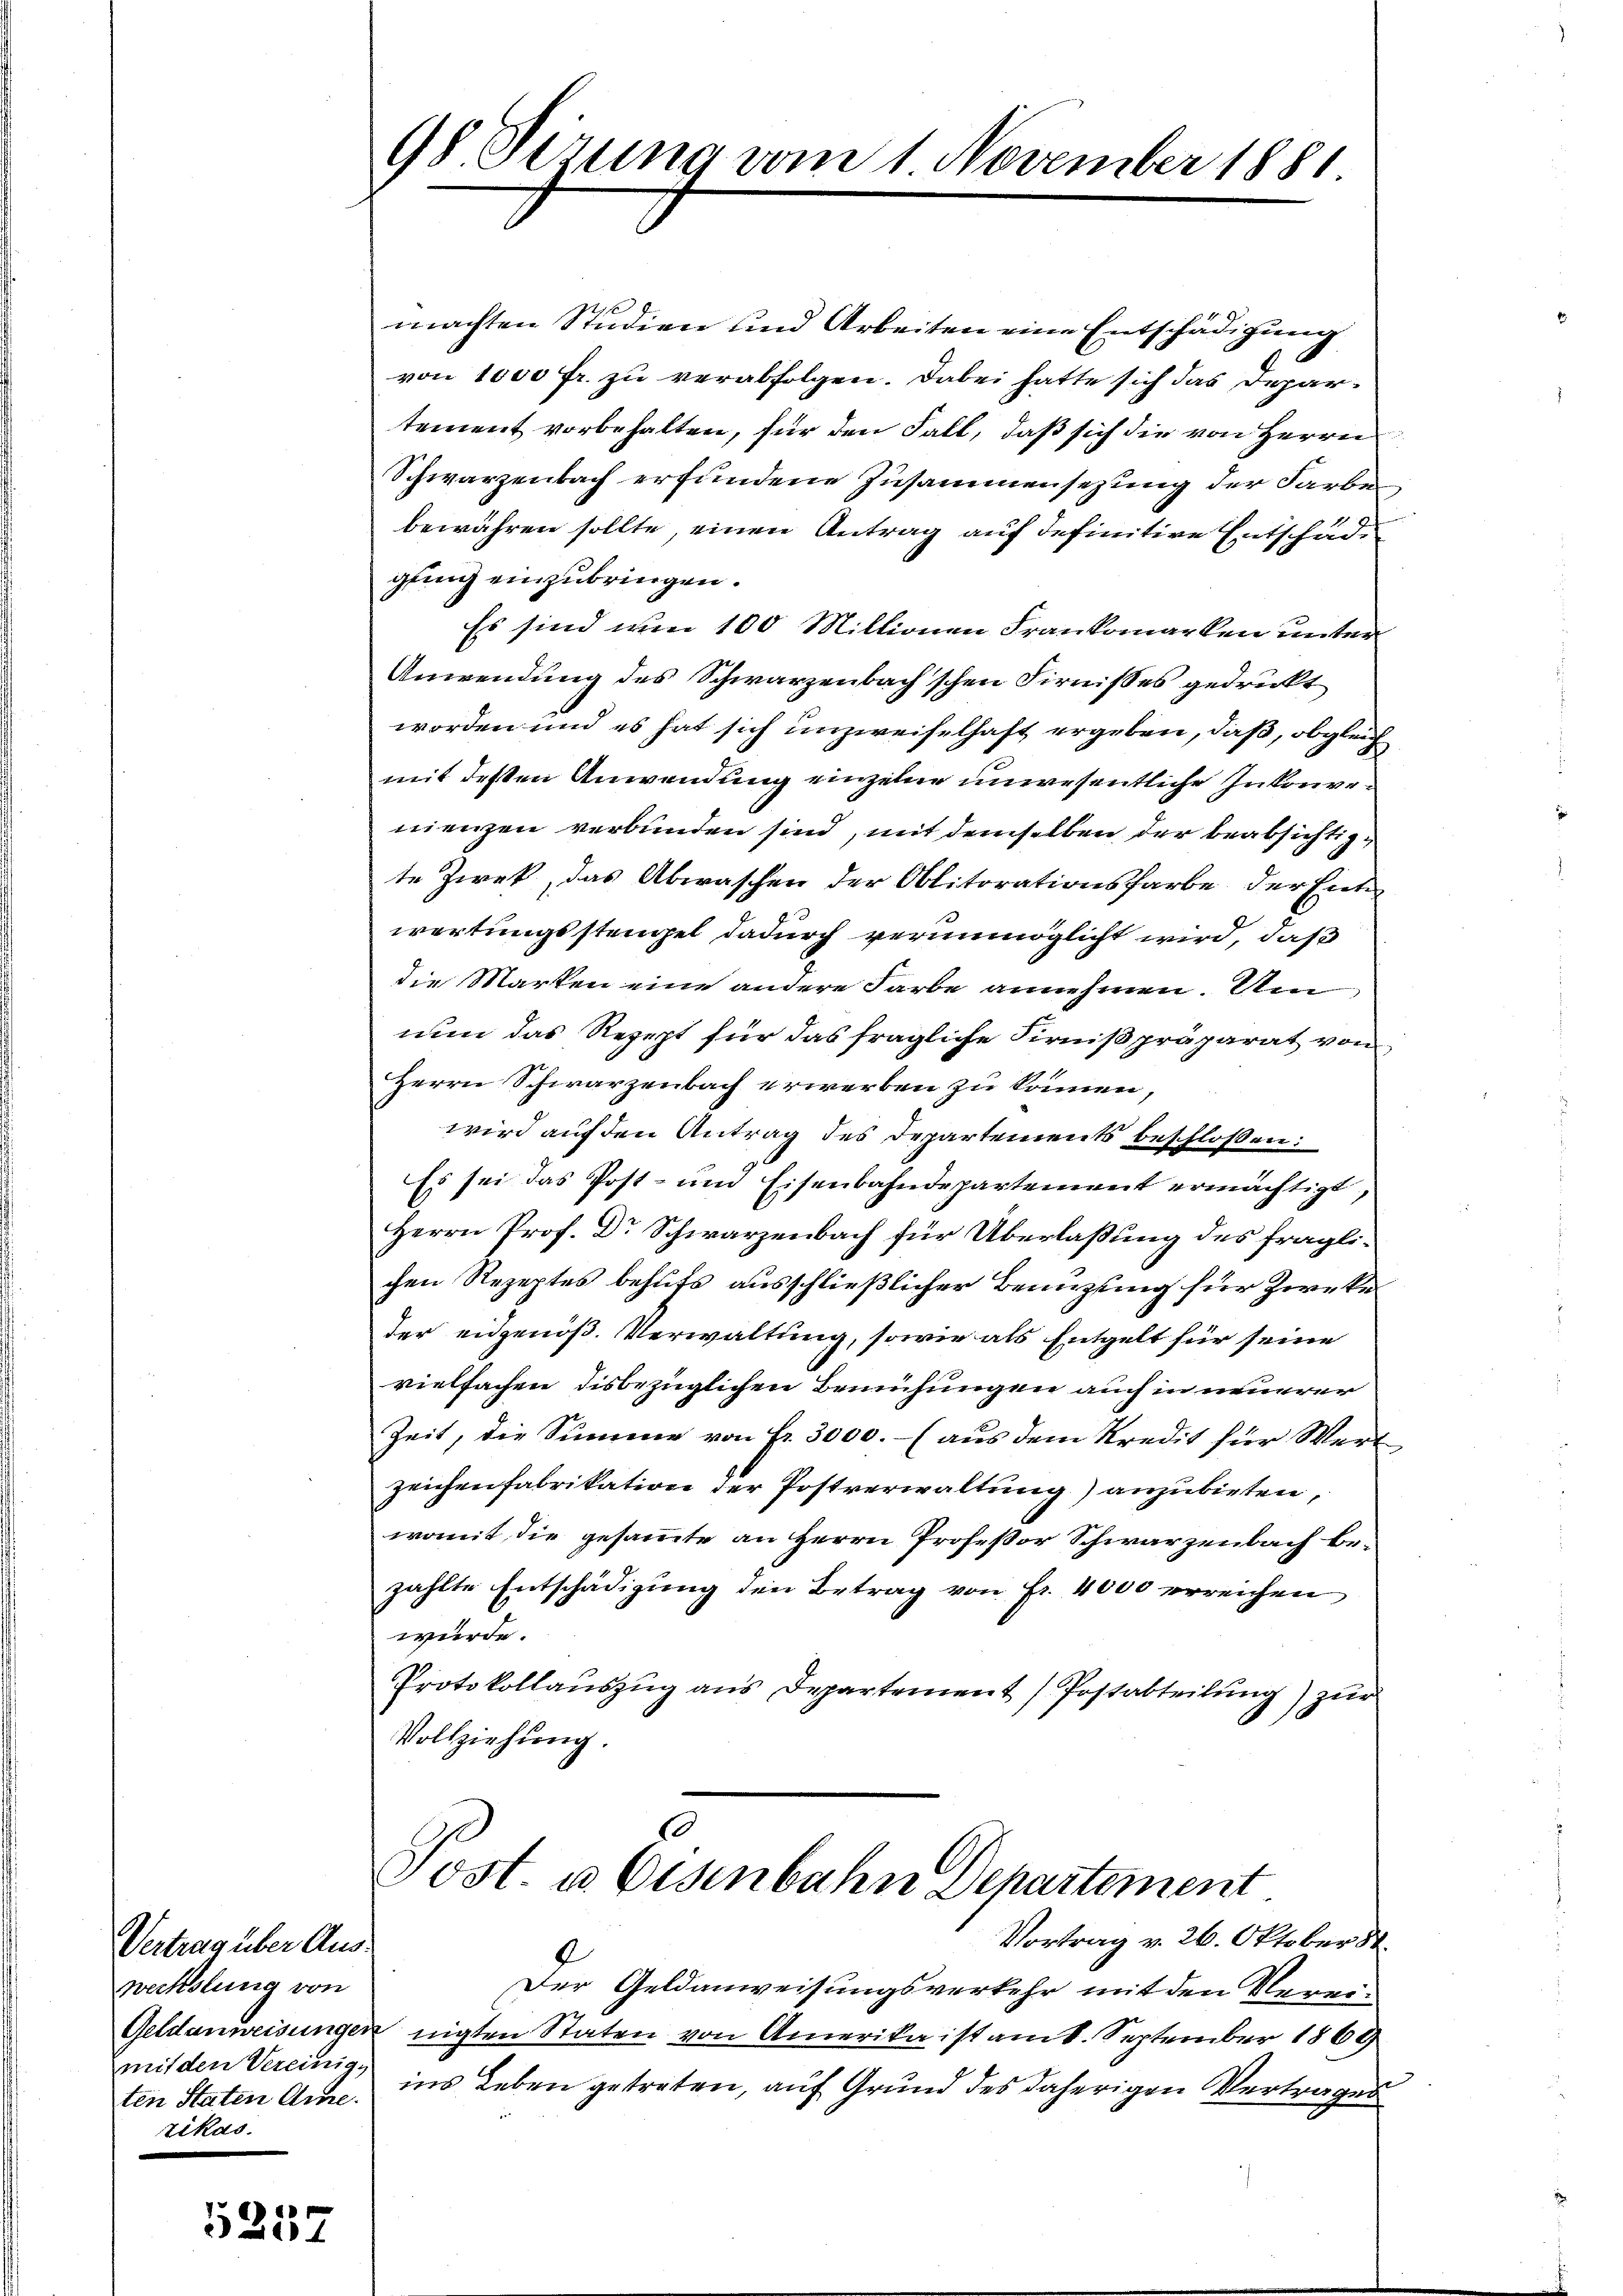
Vertrag über Auswechslung von
mit den Vereinig-
ten Staten Arme.
zikas

5257

98 Sirung vom 1. November 1881.

machten Studien und Arbeiten eine Entschädigung
von 1000 Fr. zu verabfolgen. Dabei hatte sich das Departement vorbehalten, für den Fall, daß sich die von Herrn
Schwarzenbach erfundene Zusammensezung der Farbe
bewähren sollte, einen Antrag auf definitive Entschädgung einzubringen.
Es sind wie 100 Millionen Frankomarken unter
Anwendung des Schwarzenbachschen Firnisses gedruckt
worden und es hat sich unzweifelhaft ergeben, daß, obgleich
mit deßen Anwendung einzelne unwesentliche Inkonvenienzen verbunden sind, mit demselben der beabsichtigte Zweck, das Abwaschen der Oblitorationsfarbe der Ente
wortungsstengel dadurch verunmöglicht wird, daß
die Marten eine andere Farbe annehmen. Um
nun das Rezept für das fragliche Firniß präparat von
Herrn Schwarzenbach erwerben zu können,
wird auf den Antrag des Departements beschloßen:
Es sei das Post- und Eisenbahndepartement ermächtigt,
Herrn Prof. Dr Schwarzenbach für Überlaßung des fraglichen Rezeptes behufs ausschließlicher Benuzung für Zwecke
der eidgenöß. Verwaltung, sowie als Entgelt für seine
vielfachen disbezüglichen Bemühungen auch in neuerer
Zeit, die Summe von Fr. 3000.- (aus dem Kredit für Wert
zeichenfabrikation der Postverwaltung) anzubieten,
womit, die gesammte an Herrn Professor Schwarzenbach bezählte Entschädigung den Betrag von Fr. 4000 erreichen
würde.
Protokollauszug aus Departement Postabteilung) zur
Vollziehung.
10
Post. u. Eisenbahn Departement
Vortrag v. 26. Oktober St.
2
Der Geldanweisungsverkehr mit den Verei¬
Geldanweisungen nigten Staten von Amerika ist am 8. September 1869
ins Leben getreten, auf Grund des daherigen Vertrages